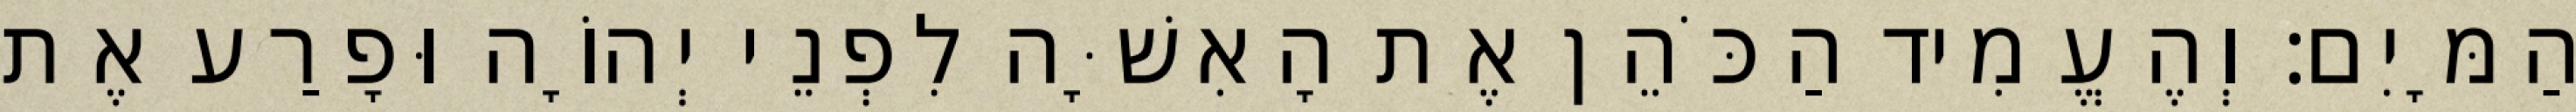
הַמָּיִם׃ וְהֶעֱמִיד הַכֹּהֵן אֶת הָאִשָּׁה לִפְנֵי יְהוָֹה וּפָרַע אֶת